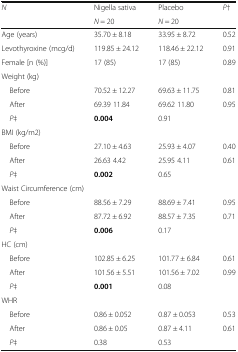
| <ROWSPAN=2> N | Nigella sativa | Placebo | <ROWSPAN=2> P† |
 | N = 20 | N = 20 |
 | --- | --- | --- | --- |
 | Age (years) | 35.70 ± 8.18 | 33.95 ± 8.72 | 0.52 |
 | Levothyroxine (mcg/d) | 119.85 ± 24.12 | 118.46 ± 22.12 | 0.91 |
 | Female [n (%)] | 17 (85) | 17 (85) | 0.89 |
 | <COLSPAN=4> Weight (kg) |
 | Before | 70.52 ± 12.27 | 69.63 ± 11.75 | 0.81 |
 | After | 69.39 11.84 | 69.62 11.80 | 0.95 |
 | P‡ | 0.004 | 0.91 |  |
 | <COLSPAN=4> BMI (kg/m2) |
 | Before | 27.10 ± 4.63 | 25.93 ± 4.07 | 0.40 |
 | After | 26.63 4.42 | 25.95 4.11 | 0.61 |
 | P‡ | 0.002 | 0.65 |  |
 | <COLSPAN=4> Waist Circumference (cm) |
 | Before | 88.56 ± 7.29 | 88.69 ± 7.41 | 0.95 |
 | After | 87.72 ± 6.92 | 88.57 ± 7.35 | 0.71 |
 | P‡ | 0.006 | 0.17 |  |
 | <COLSPAN=4> HC (cm) |
 | Before | 102.85 ± 6.25 | 101.77 ± 6.84 | 0.61 |
 | After | 101.56 ± 5.51 | 101.56 ± 7.02 | 0.99 |
 | P‡ | 0.001 | 0.08 |  |
 | <COLSPAN=4> WHR |
 | Before | 0.86 ± 0.052 | 0.87 ± 0.053 | 0.53 |
 | After | 0.86 ± 0.05 | 0.87 ± 4.11 | 0.61 |
 | P‡ | 0.38 | 0.53 |  |